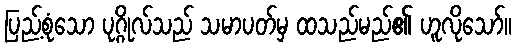
ပြည့်စုံသော ပုဂ္ဂိုလ်သည် သမာပတ်မှ ထသည်မည်၏ ဟူလိုသော်။